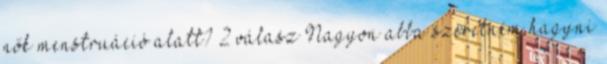
nők menstruáció alatt? 2 válasz Nagyon abba szeretném hagyni